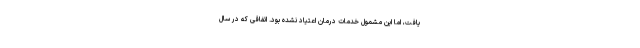
یافت، اما این مشمول خدمات درمان اعتیاد نشده بود. اتفاقی که در سال